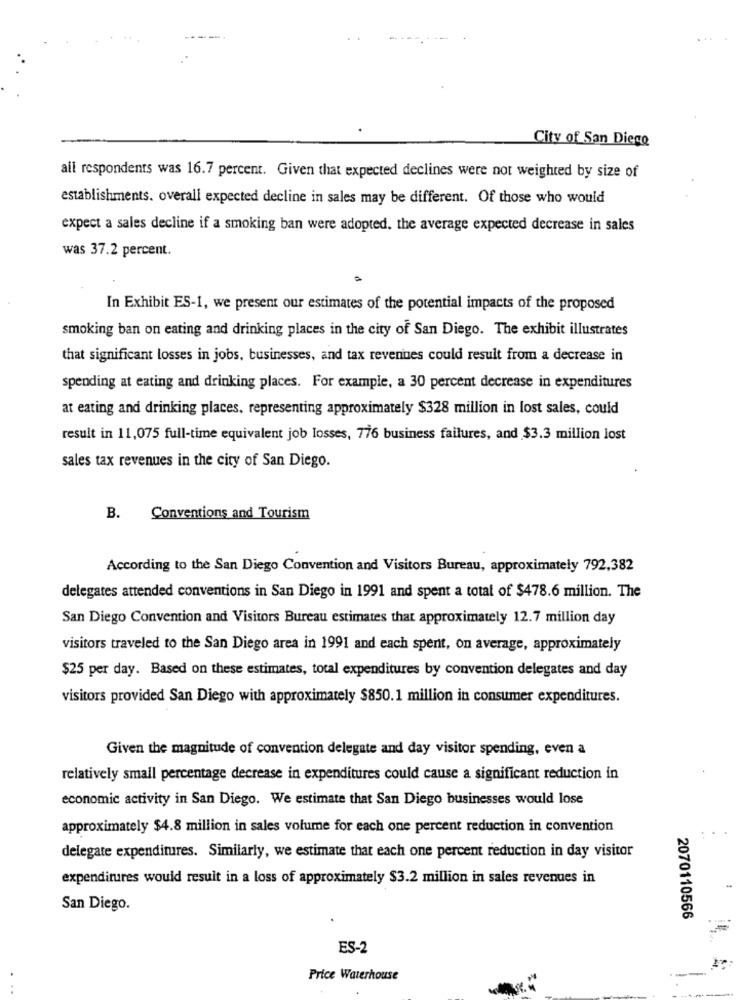
City of San Diego
all respondents was 16.7 percent. Given that expected declines were not weighted by size of
establishments. overall expected decline in sales may be different. Of those who would
expect a sales decline if a smoking ban were adopted, the average expected decrease in sales
was 37.2 percent.
In Exhibit ES-1, we present our estimates of the potential impacts of the proposed
smoking ban on eating and drinking places in the city of San Diego. The exhibit illustrates
that significant losses in jobs, businesses, and tax revenues could result from a decrease in
spending at eating and drinking places. For example, a 30 percent decrease in expenditures
at eating and drinking places, representing approximately $328 million in lost sales, could
result in 11,075 full-time equivalent job losses, 776 business failures, and $3.3 million lost
sales tax revenues in the city of San Diego.
B. Conventions and Tourism
According to the San Diego Convention and Visitors Bureau, approximately 792,382
delegates attended conventions in San Diego in 1991 and spent a total of $478.6 million. The
San Diego Convention and Visitors Bureau estimates that approximately 12.7 million day
visitors traveled to the San Diego area in 1991 and each spent, on average, approximately
$25 per day. Based on these estimates, total expenditures by convention delegates and day
visitors provided San Diego with approximately $850.1 million in consumer expenditures.
Given the magnitude of convention delegate and day visitor spending, even a
relatively small percentage decrease in expenditures could cause a significant reduction in
economic activity in San Diego. We estimate that San Diego businesses would lose
approximately $4.8 million in sales volume for each one percent reduction in convention
delegate expenditures. Similarly, we estimate that each one percent reduction in day visitor
expenditures would result in a loss of approximately $3.2 million in sales revenues in
San Diego.
2070110566
ES-2
Price Waterhouse
..